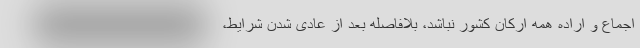
اجماع و اراده همه ارکان کشور نباشد، بلافاصله بعد از عادی شدن شرایط،